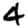
Digit: 4